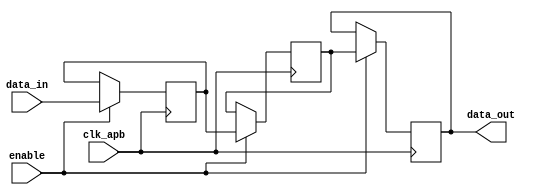
module timing_control_and_sync (
    input wire clk_apb,
    input wire [7:0] data_in,
    input wire enable,
    output reg [7:0] data_out
);

reg [7:0] synced_data;
reg [7:0] buffer;

always @(posedge clk_apb) begin
    if (enable) begin
        // Clock domain crossing logic
        synced_data <= data_in;
        
        // Signal synchronization circuits
        // Add any additional timing control logic here
        
        // FIFO buffers or other mechanisms to handle data latching or setup/hold time violations
        buffer <= synced_data;
        
        data_out <= buffer;
    end
end

endmodule